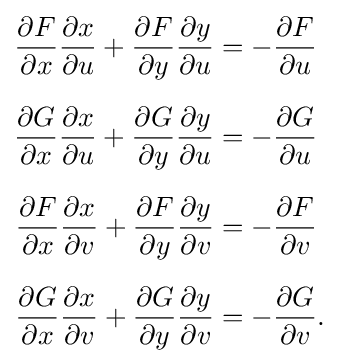
{\begin{aligned}{\frac {\partial F}{\partial x}}{\frac {\partial x}{\partial u}}+{\frac {\partial F}{\partial y}}{\frac {\partial y}{\partial u}}&=-{\frac {\partial F}{\partial u}}\\[6pt]{\frac {\partial G}{\partial x}}{\frac {\partial x}{\partial u}}+{\frac {\partial G}{\partial y}}{\frac {\partial y}{\partial u}}&=-{\frac {\partial G}{\partial u}}\\[6pt]{\frac {\partial F}{\partial x}}{\frac {\partial x}{\partial v}}+{\frac {\partial F}{\partial y}}{\frac {\partial y}{\partial v}}&=-{\frac {\partial F}{\partial v}}\\[6pt]{\frac {\partial G}{\partial x}}{\frac {\partial x}{\partial v}}+{\frac {\partial G}{\partial y}}{\frac {\partial y}{\partial v}}&=-{\frac {\partial G}{\partial v}}.\end{aligned}}